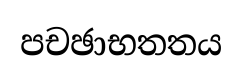
පචඡාභතතය